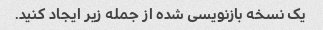
یک نسخه بازنویسی شده از جمله زیر ایجاد کنید.